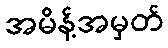
အမိန့်အမှတ်